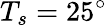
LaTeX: T_{s}=25^{\circ}